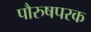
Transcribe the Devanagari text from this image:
पौरुषपरक